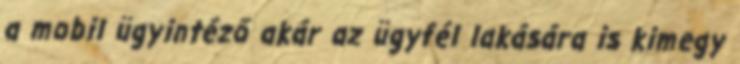
a mobil ügyintéző akár az ügyfél lakására is kimegy